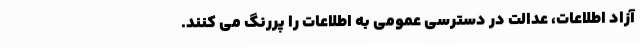
آزاد اطلاعات، عدالت در دسترسی عمومی به اطلاعات را پررنگ می کنند.